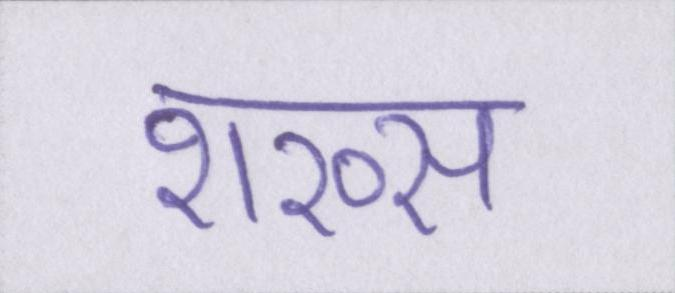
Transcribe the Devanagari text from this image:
शख्स